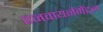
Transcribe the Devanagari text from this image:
एनवायर्नमेंटल